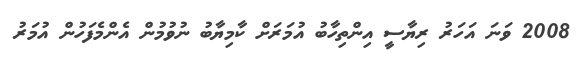
2008 ވަނަ އަހަރު ރިޔާސީ އިންތިހާބު އުމަރަށް ކާމިޔާބު ނުވުމުން އެންމެފަހުން އުމަރު